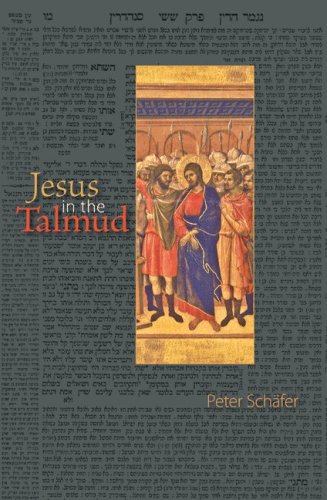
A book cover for Jesus in the Talmud; Peter SchÃ¤fer; Religion & Spirituality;